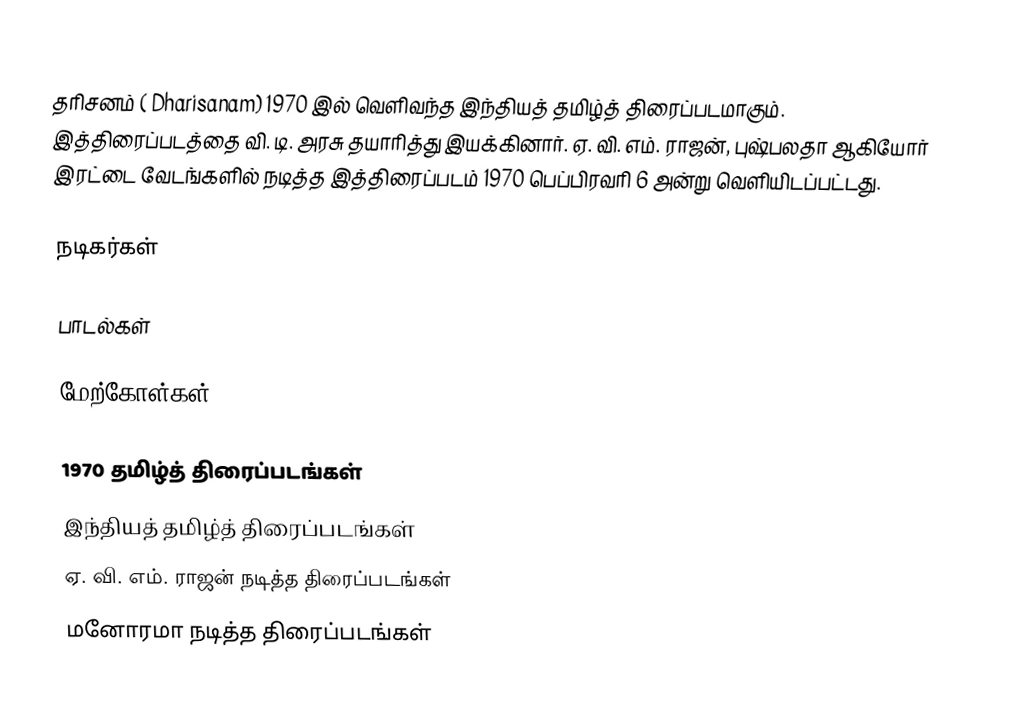
தரிசனம்  ( Dharisanam) 1970 இல் வெளிவந்த இந்தியத் தமிழ்த் திரைப்படமாகும். இத்திரைப்படத்தை வி. டி. அரசு தயாரித்து இயக்கினார். ஏ. வி. எம். ராஜன், புஷ்பலதா ஆகியோர் இரட்டை வேடங்களில் நடித்த இத்திரைப்படம் 1970 பெப்பிரவரி 6 அன்று வெளியிடப்பட்டது.

நடிகர்கள்

பாடல்கள்

மேற்கோள்கள்

1970 தமிழ்த் திரைப்படங்கள்
இந்தியத் தமிழ்த் திரைப்படங்கள்
ஏ. வி. எம். ராஜன் நடித்த திரைப்படங்கள்
மனோரமா நடித்த திரைப்படங்கள்